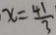
x = \frac { 4 1 } { 3 }